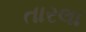
તારલા